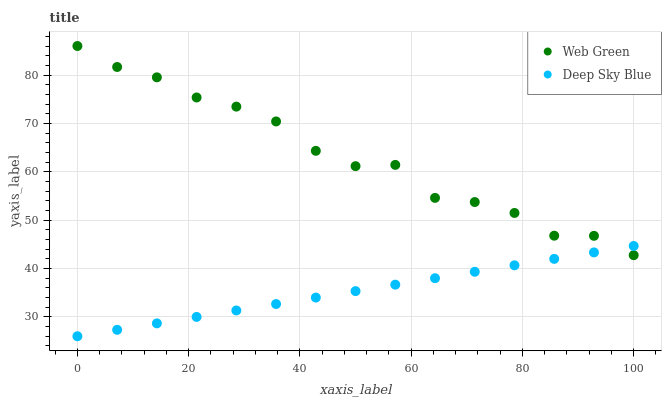
| xaxis_label | Web Green | Deep Sky Blue |
 | --- | --- | --- |
 | 0 | 86 | 26 |
 | 7.14 | 81.7 | 27.3 |
 | 14.3 | 79.5 | 28.7 |
 | 21.4 | 75.4 | 30 |
 | 28.6 | 73.5 | 31.3 |
 | 35.7 | 70.4 | 32.7 |
 | 42.9 | 64.3 | 34 |
 | 50 | 61.2 | 35.3 |
 | 57.1 | 61.4 | 36.7 |
 | 64.3 | 54.6 | 38 |
 | 71.4 | 53.7 | 39.3 |
 | 78.6 | 51.5 | 40.7 |
 | 85.7 | 46.8 | 42 |
 | 92.9 | 46.8 | 43.3 |
 | 100 | 42.8 | 44.7 |